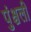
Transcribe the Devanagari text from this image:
पुंश्चली